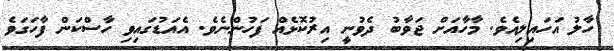
ހާލު އަހައިލިއެވެ. މާހާއަށް ޖަވާބު ދެވުނީ އިރުކޮޅެއް ފަހުންނެވެ. އެއަޑުގައިވި ހާސްކަން ފާހަގަވެ